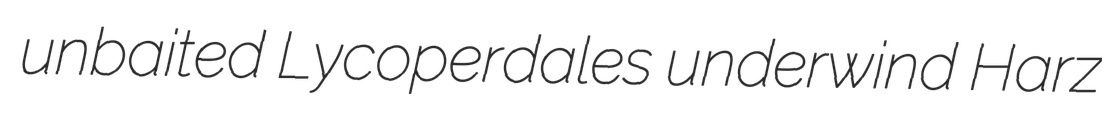
unbaited Lycoperdales underwind Harz